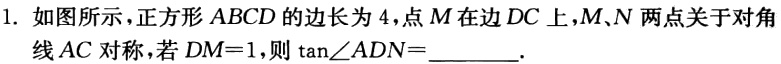
1. 如图所示，正方形 \(ABCD\) 的边长为 \(4\)，点 \(M\) 在边 \(DC\) 上，\(M、N\) 两点关于对角线 \(AC\) 对称，若 \(DM = 1\)，则 \(\tan\angle ADN=\)________.